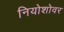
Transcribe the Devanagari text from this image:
नियोशोवर